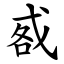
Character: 㦴